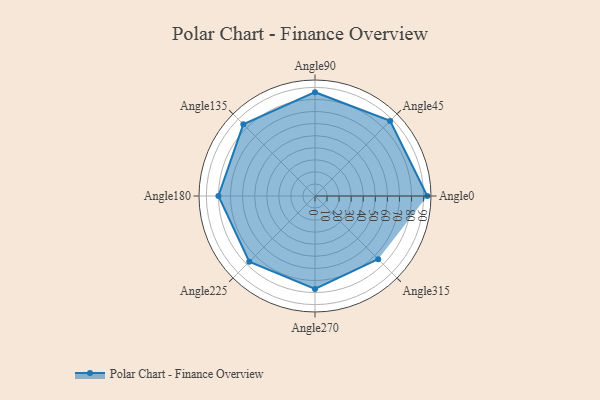
{"axis": {"x": "Angle", "y": "Radius"}, "legend": [""], "data": [{"x": "Angle0", "y": 93.0, "type": ""}, {"x": "Angle45", "y": 88.0, "type": ""}, {"x": "Angle90", "y": 86.0, "type": ""}, {"x": "Angle135", "y": 84.0, "type": ""}, {"x": "Angle180", "y": 80.0, "type": ""}, {"x": "Angle225", "y": 77.0, "type": ""}, {"x": "Angle270", "y": 77.0, "type": ""}, {"x": "Angle315", "y": 74.0, "type": ""}]}